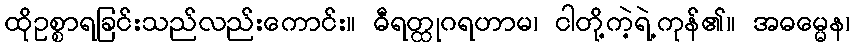
ထိုဥစ္စာရခြင်းသည်လည်းကောင်း။ ဓီရတ္ထုဂရဟာမ၊ ငါတို့ကဲ့ရဲ့ကုန်၏။ အဓမ္မေန၊